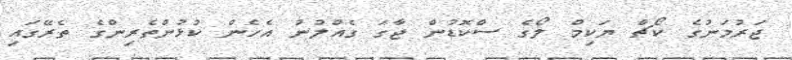
ޖަރުމަނުގެ ކޯޗް ޔަކިމް ލޯގެ ސްކޮޑުން ޖާގަ ގެއްލުނު އެހެން ކުޅުންތެރިންގެ ތެރޭގައި